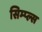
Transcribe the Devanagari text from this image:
सिम्प्ल्स